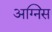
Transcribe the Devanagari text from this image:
अग्निस